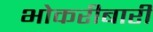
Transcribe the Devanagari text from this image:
भोकरीबारी